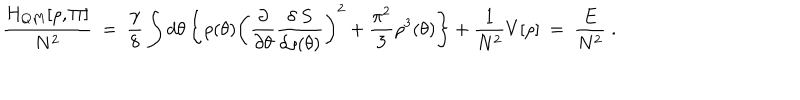
\frac { H _ { Q M } [ \rho , \Pi ] } { N ^ { 2 } } ~ = ~ \frac { \gamma } { 8 } \int d \theta \left\{ \rho ( \theta ) \left( \frac { \partial } { \partial \theta } \frac { \delta ~ S } { \delta \rho ( \theta ) } \right) ^ { 2 } + \frac { \pi ^ { 2 } } { 3 } \rho ^ { 3 } ( \theta ) \right\} + \frac { 1 } { N ^ { 2 } } V [ \rho ] ~ = ~ \frac { E } { N ^ { 2 } } \; .